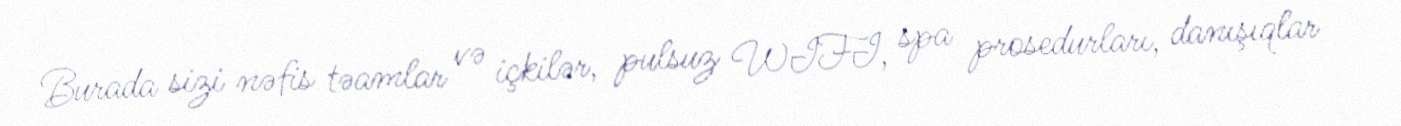
Burada sizi nəfis təamlar və içkilər, pulsuz WIFI, spa prosedurları, danışıqlar